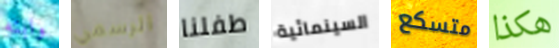
وابنه الرسمي طفلنا السينمائية متسكع هكذا